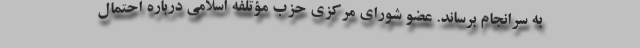
به سرانجام برساند. عضو شورای مرکزی حزب مؤتلفه اسلامی درباره احتمال